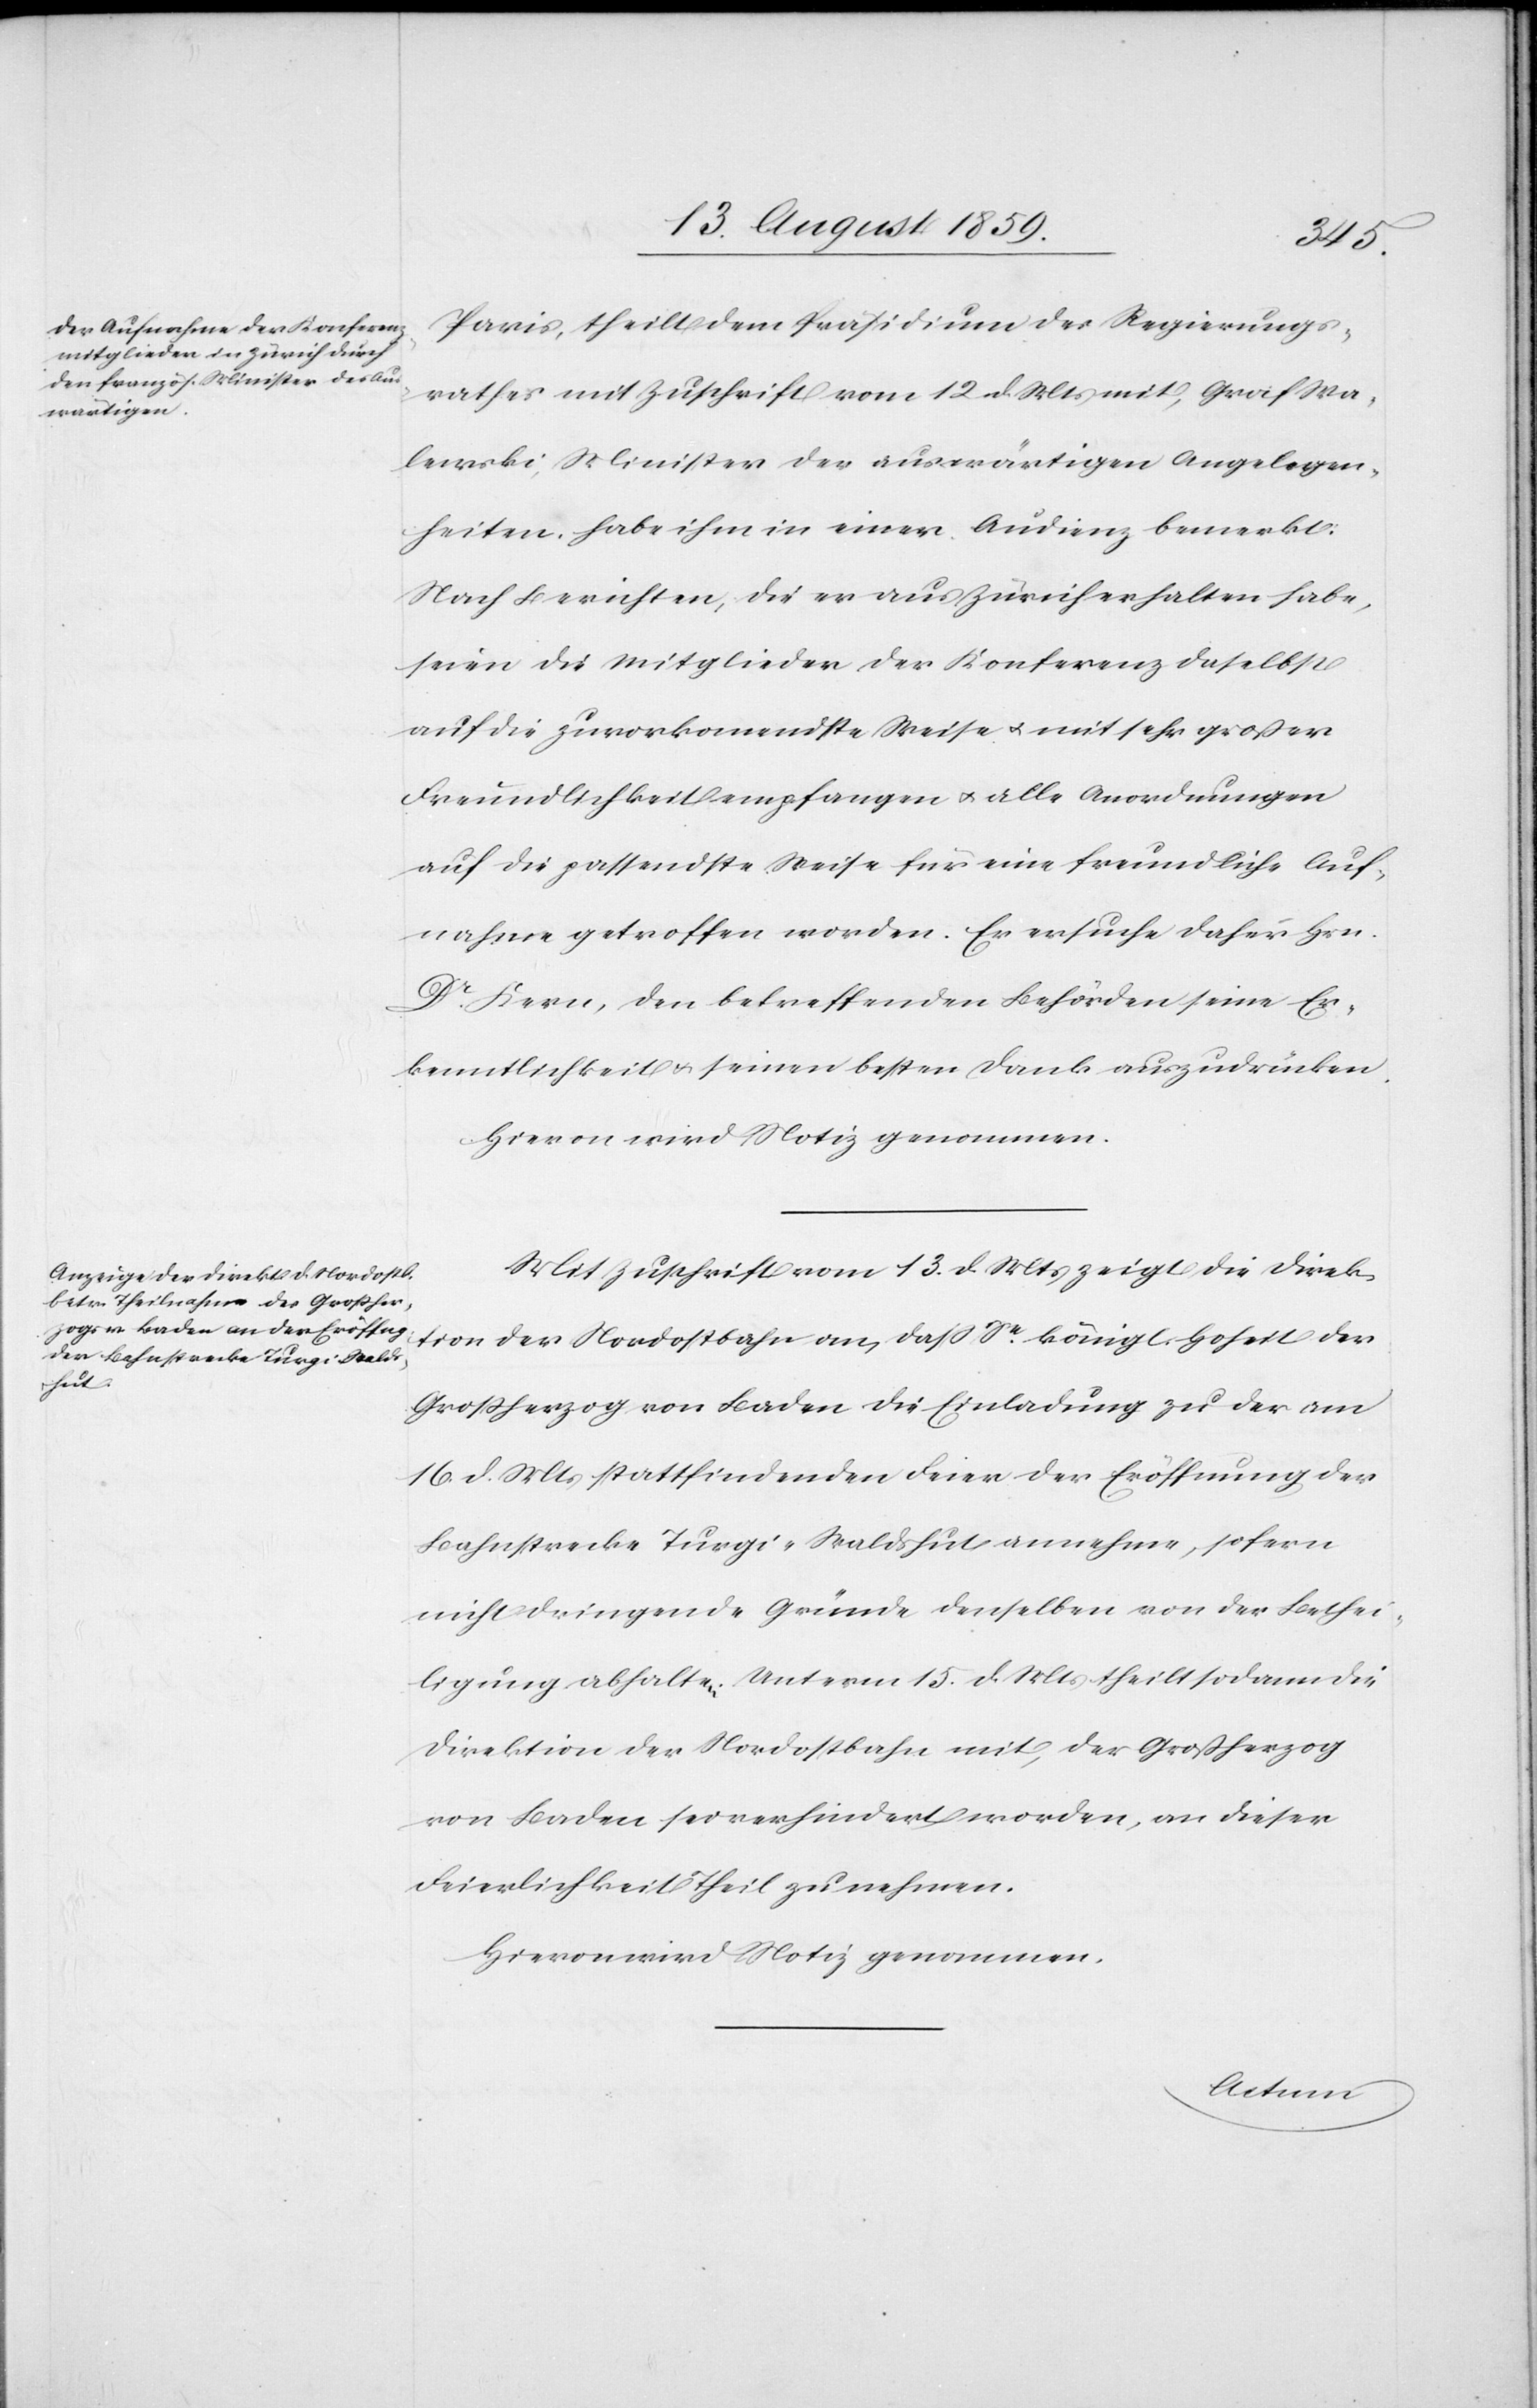
15. August 1859.]
Paris, theilt dem Präsidium des Regierungs¬
rathes mit Zuschrift vom 12. d. Mts. mit, Graf Wa¬
lewski, Minister der auswärtigen Angelegen¬
heiten habe ihm in einer Audienz bemerkt:
Nach Berichten, die er aus Zürich erhalten habe,
seien die Mitglieder der Konferenz daselbst
auf die zuvorkommendste Weise u. mit sehr großer
Freundlichkeit empfangen u. alle Anordnungen
auf die passendste Weise für eine freundliche Auf¬
nahme getroffen worden. Er ersuche daher Hrn.
Dr. Kern, den betreffenden Behörden seine Er¬
kenntlichkeit u. seinen besten Dank auszudrücken.
Mit Zuschrift vom 13. d. Mts. zeigt die Direk¬
tion der Nordostbahn an, daß Se. königl. Hoheit der
Großherzog von Baden die Einladung zu der am
16. d. Mts. stattfindenden Feier der Eröffnung der
Bahnstrecke Thurgi-Waldshut annehme, sofern
nicht dringende Gründe denselben von der Bethei¬
ligung abhalten. Unterm 15. d. Mts. theilt sodann die
Direktion der Nordostbahn mit, der Großherzog
von Baden sei verhindert worden, an dieser
Feierlichkeit Theil zu nehmen.
Hievon wird Notiz genommen.
Actum